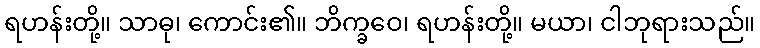
ရဟန်းတို့။ သာဓု၊ ကောင်း၏။ ဘိက္ခဝေ၊ ရဟန်းတို့။ မယာ၊ ငါဘုရားသည်။